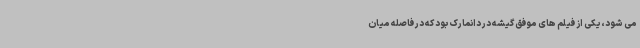
می شود، یکی از فیلم های موفق گیشه در دانمارک بود که در فاصله میان